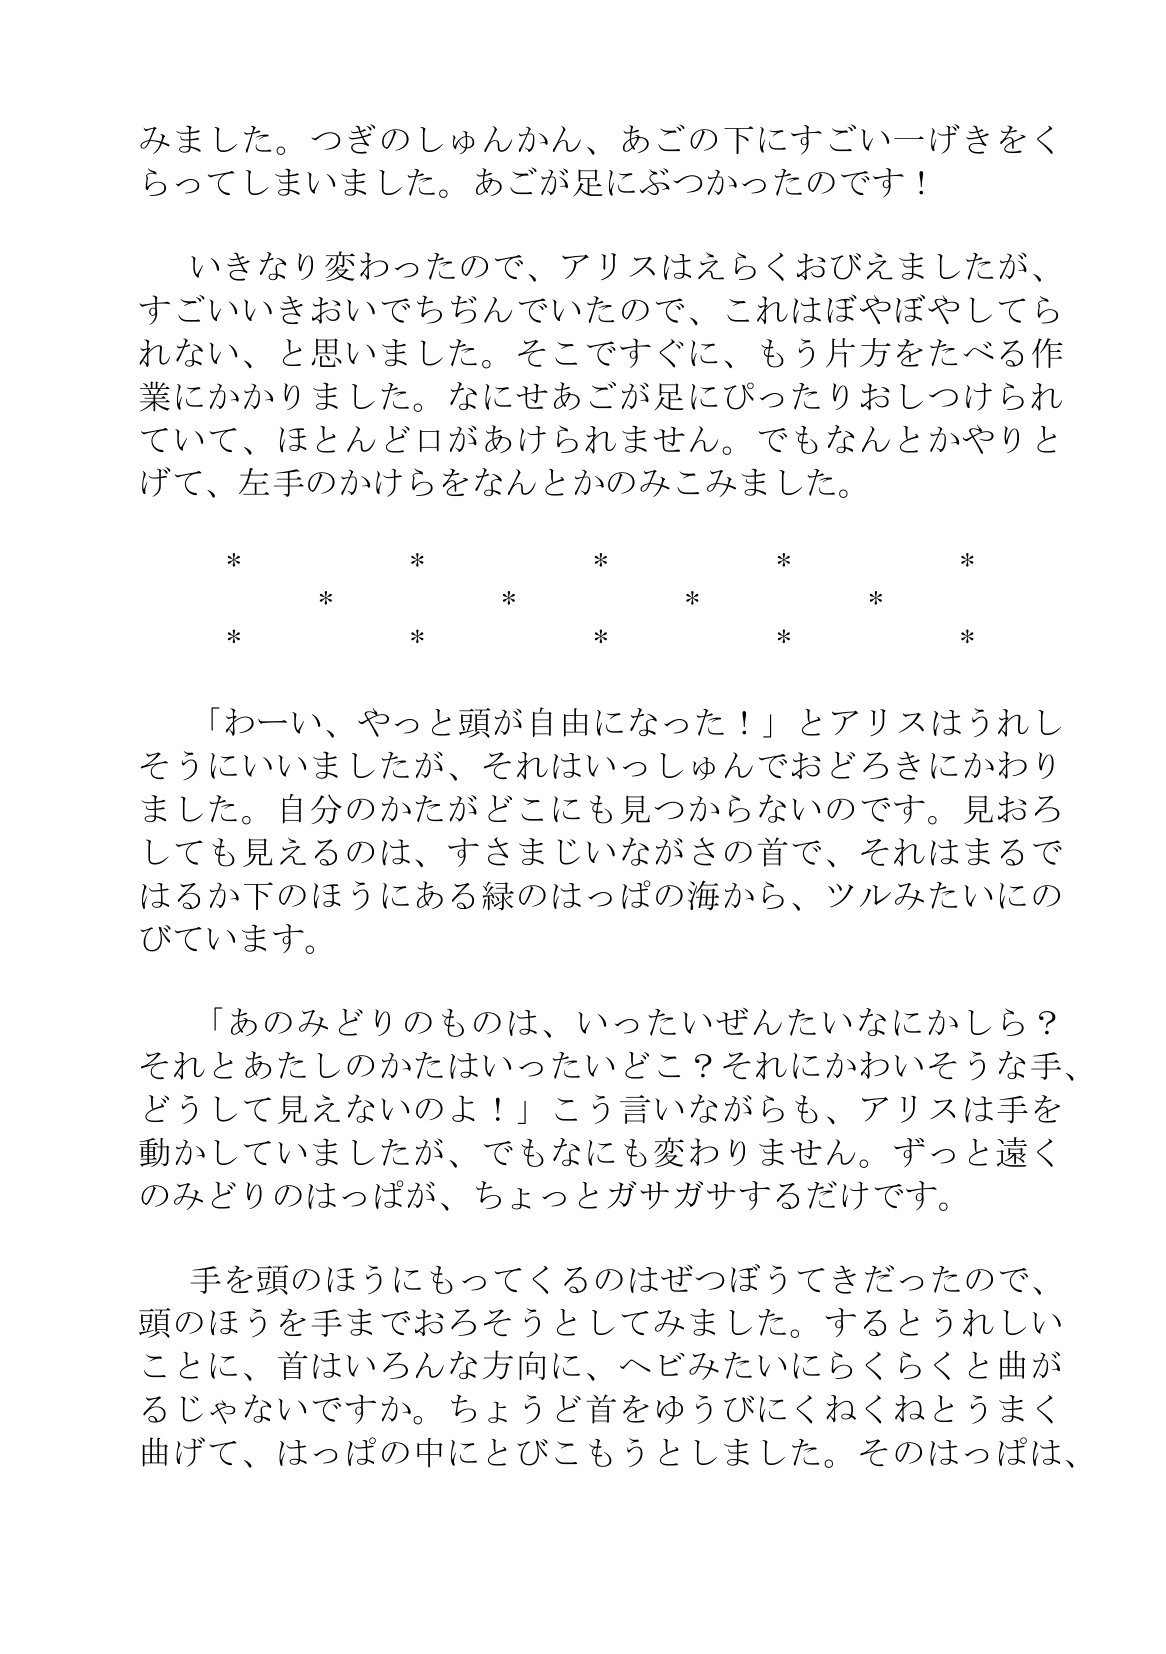
Language: ja